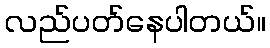
လည်ပတ်နေပါတယ်။